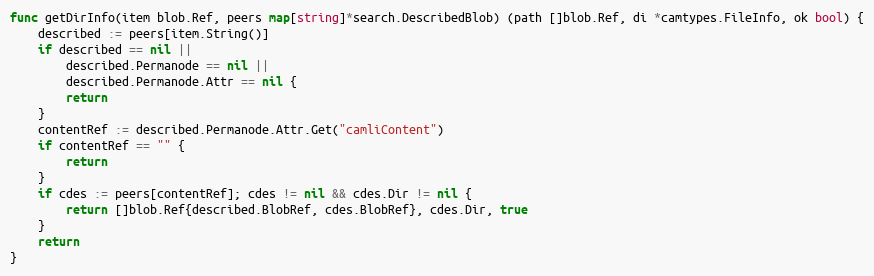
Language: Go
func getDirInfo(item blob.Ref, peers map[string]*search.DescribedBlob) (path []blob.Ref, di *camtypes.FileInfo, ok bool) {
	described := peers[item.String()]
	if described == nil ||
		described.Permanode == nil ||
		described.Permanode.Attr == nil {
		return
	}
	contentRef := described.Permanode.Attr.Get("camliContent")
	if contentRef == "" {
		return
	}
	if cdes := peers[contentRef]; cdes != nil && cdes.Dir != nil {
		return []blob.Ref{described.BlobRef, cdes.BlobRef}, cdes.Dir, true
	}
	return
}